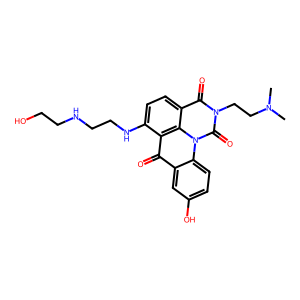
SMILES: CN(C)CCn1c(=O)c2ccc(NCCNCCO)c3c(=O)c4cc(O)ccc4n(c1=O)c23
Inhibits HIV replication: No